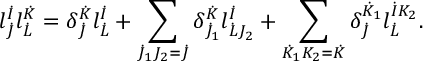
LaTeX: l _ { \dot { J } } ^ { \dot { I } } l _ { \dot { L } } ^ { \dot { K } } = \delta _ { \dot { J } } ^ { \dot { K } } l _ { \dot { L } } ^ { \dot { I } } + \sum _ { \dot { J } _ { 1 } J _ { 2 } = \dot { J } } \delta _ { \dot { J } _ { 1 } } ^ { \dot { K } } l _ { \dot { L } J _ { 2 } } ^ { \dot { I } } + \sum _ { \dot { K } _ { 1 } K _ { 2 } = \dot { K } } \delta _ { \dot { J } } ^ { \dot { K } _ { 1 } } l _ { \dot { L } } ^ { \dot { I } K _ { 2 } } .